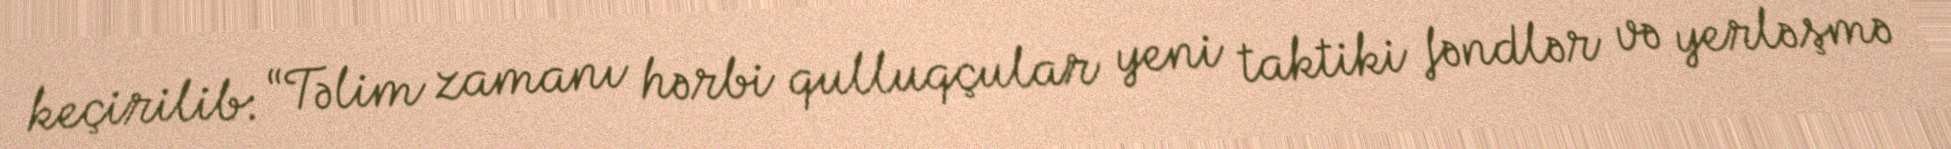
keçirilib: “Təlim zamanı hərbi qulluqçular yeni taktiki fəndlər və yerləşmə